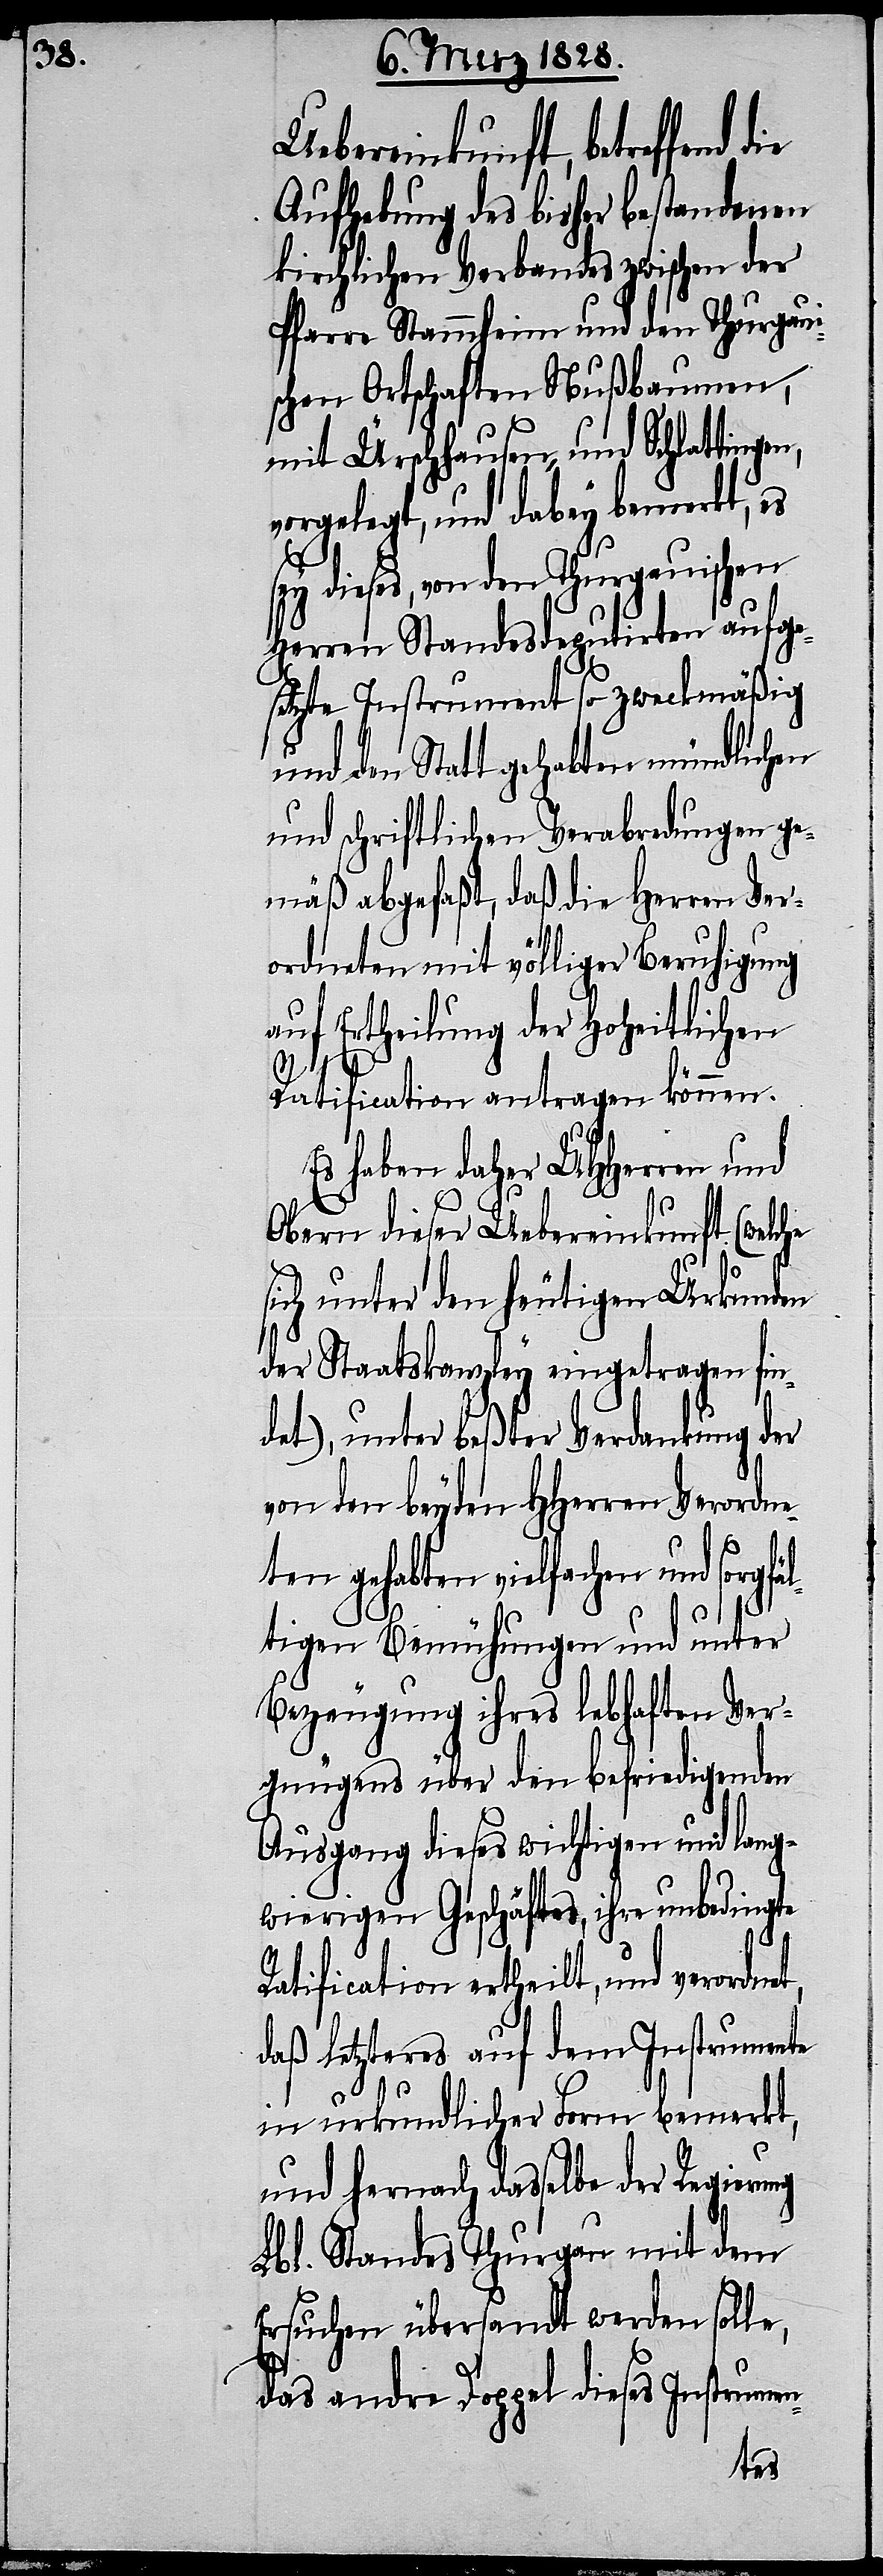
Uebereinkunft, betreffend
Aufhebung des bisher bestandenen
kirchlichen Verbandes zwischen der
Pfarre Stammheim und den Thurgaui¬
schen Ortschaften Nußbaumen,
mit Ürschhausen, und Schlattinge¬
vorgelegt, und dabey bemerkt, es
sey dieses, von den Thurgauischen
Herren Standesdeputirten aufge¬
setzte Instrument so zweckmäßig
und den Statt gehabten mündlichen
und schriftlichen Verabredungen ge¬
mäß abgefaßt, daß die Herren Ver¬
ordneten mit völliger Beruhigung
auf Ertheilung der Hoheitlichen
et,
Ratification antragen können.
Es haben daher UHHerren und
Obern dieser Uebereinkunft (welche
sich unter den heutigen Urkunden
der Staatskanzley eingetragen fin¬
det), unter beßter Verdankung der
von den beyden HHerren Verordne¬
ten gehabten vielfachen und sorgfä¬
ltigen Bemühungen und unter
Bezeugung ihres lebhaften Ver¬
gnügens über den befriedigenden
Ausgang dieses wichtigen und lang¬
wierigen Geschäftes, ihre unbedingte
Ratification ertheilt, und verordn¬
daß letzteres auf dem Instrumente
in urkundlicher Form bemerkt,
und hernach dasselbe der Regierung
Lbl. Standes Thurgau mit dem
Ersuchen übersandt werden solle,
das andre Doppel dieses Instrumen-